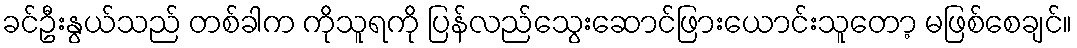
ခင်ဦးနွယ်သည် တစ်ခါက ကိုသူရကို ပြန်လည်သွေးဆောင်ဖြားယောင်းသူတော့ မဖြစ်စေချင်။